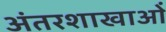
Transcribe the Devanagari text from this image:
अंतरशाखाओं